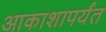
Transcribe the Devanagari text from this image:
आकाशापर्यंत